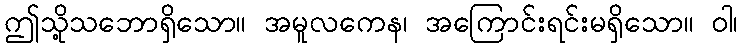
ဤသို့သဘောရှိသော။ အမူလကေန၊ အကြောင်းရင်းမရှိသော။ ဝါ၊